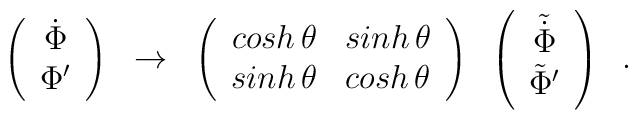
\left( \begin{array}{c}\dot{\Phi} \\ \Phi^{\prime}\end{array}\right) \;\; \rightarrow \;\; \left( \begin{array}{cc}cosh\,\theta & sinh\,\theta \\ sinh\,\theta & cosh\,\theta\end{array}\right)\;\; \left( \begin{array}{c}\tilde{\dot{\Phi}} \\ \tilde{\Phi}^{\prime}\end{array}\right)\;\;.